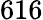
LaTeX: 616